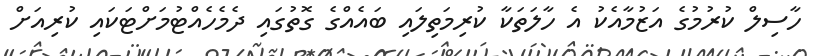
ހާސިލް ކުރުމުގެ އަޒުމާއެކު އެ ހާލަތަކާ ކުރިމަތިލައި ބައެއްގެ ގޮތުގައި ދެމެހެއްޓުމަށްޓަކައި ކުރިއަށް